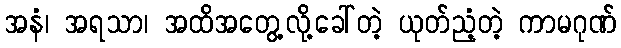
အနံ၊ အရသာ၊ အထိအတွေ့လို့ခေါ်တဲ့ ယုတ်ညံ့တဲ့ ကာမဂုဏ်